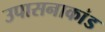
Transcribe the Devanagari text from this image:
उपासनाकांड